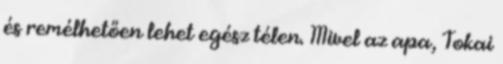
és remélhetően lehet egész télen. Mivel az apa, Tokai